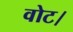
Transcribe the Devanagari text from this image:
वोट।